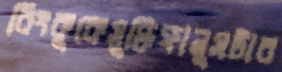
রিংকুকেসুক্তিফানুসটার